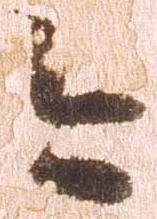
今